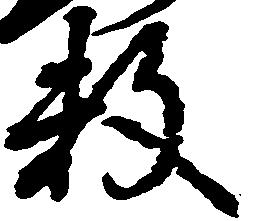
数